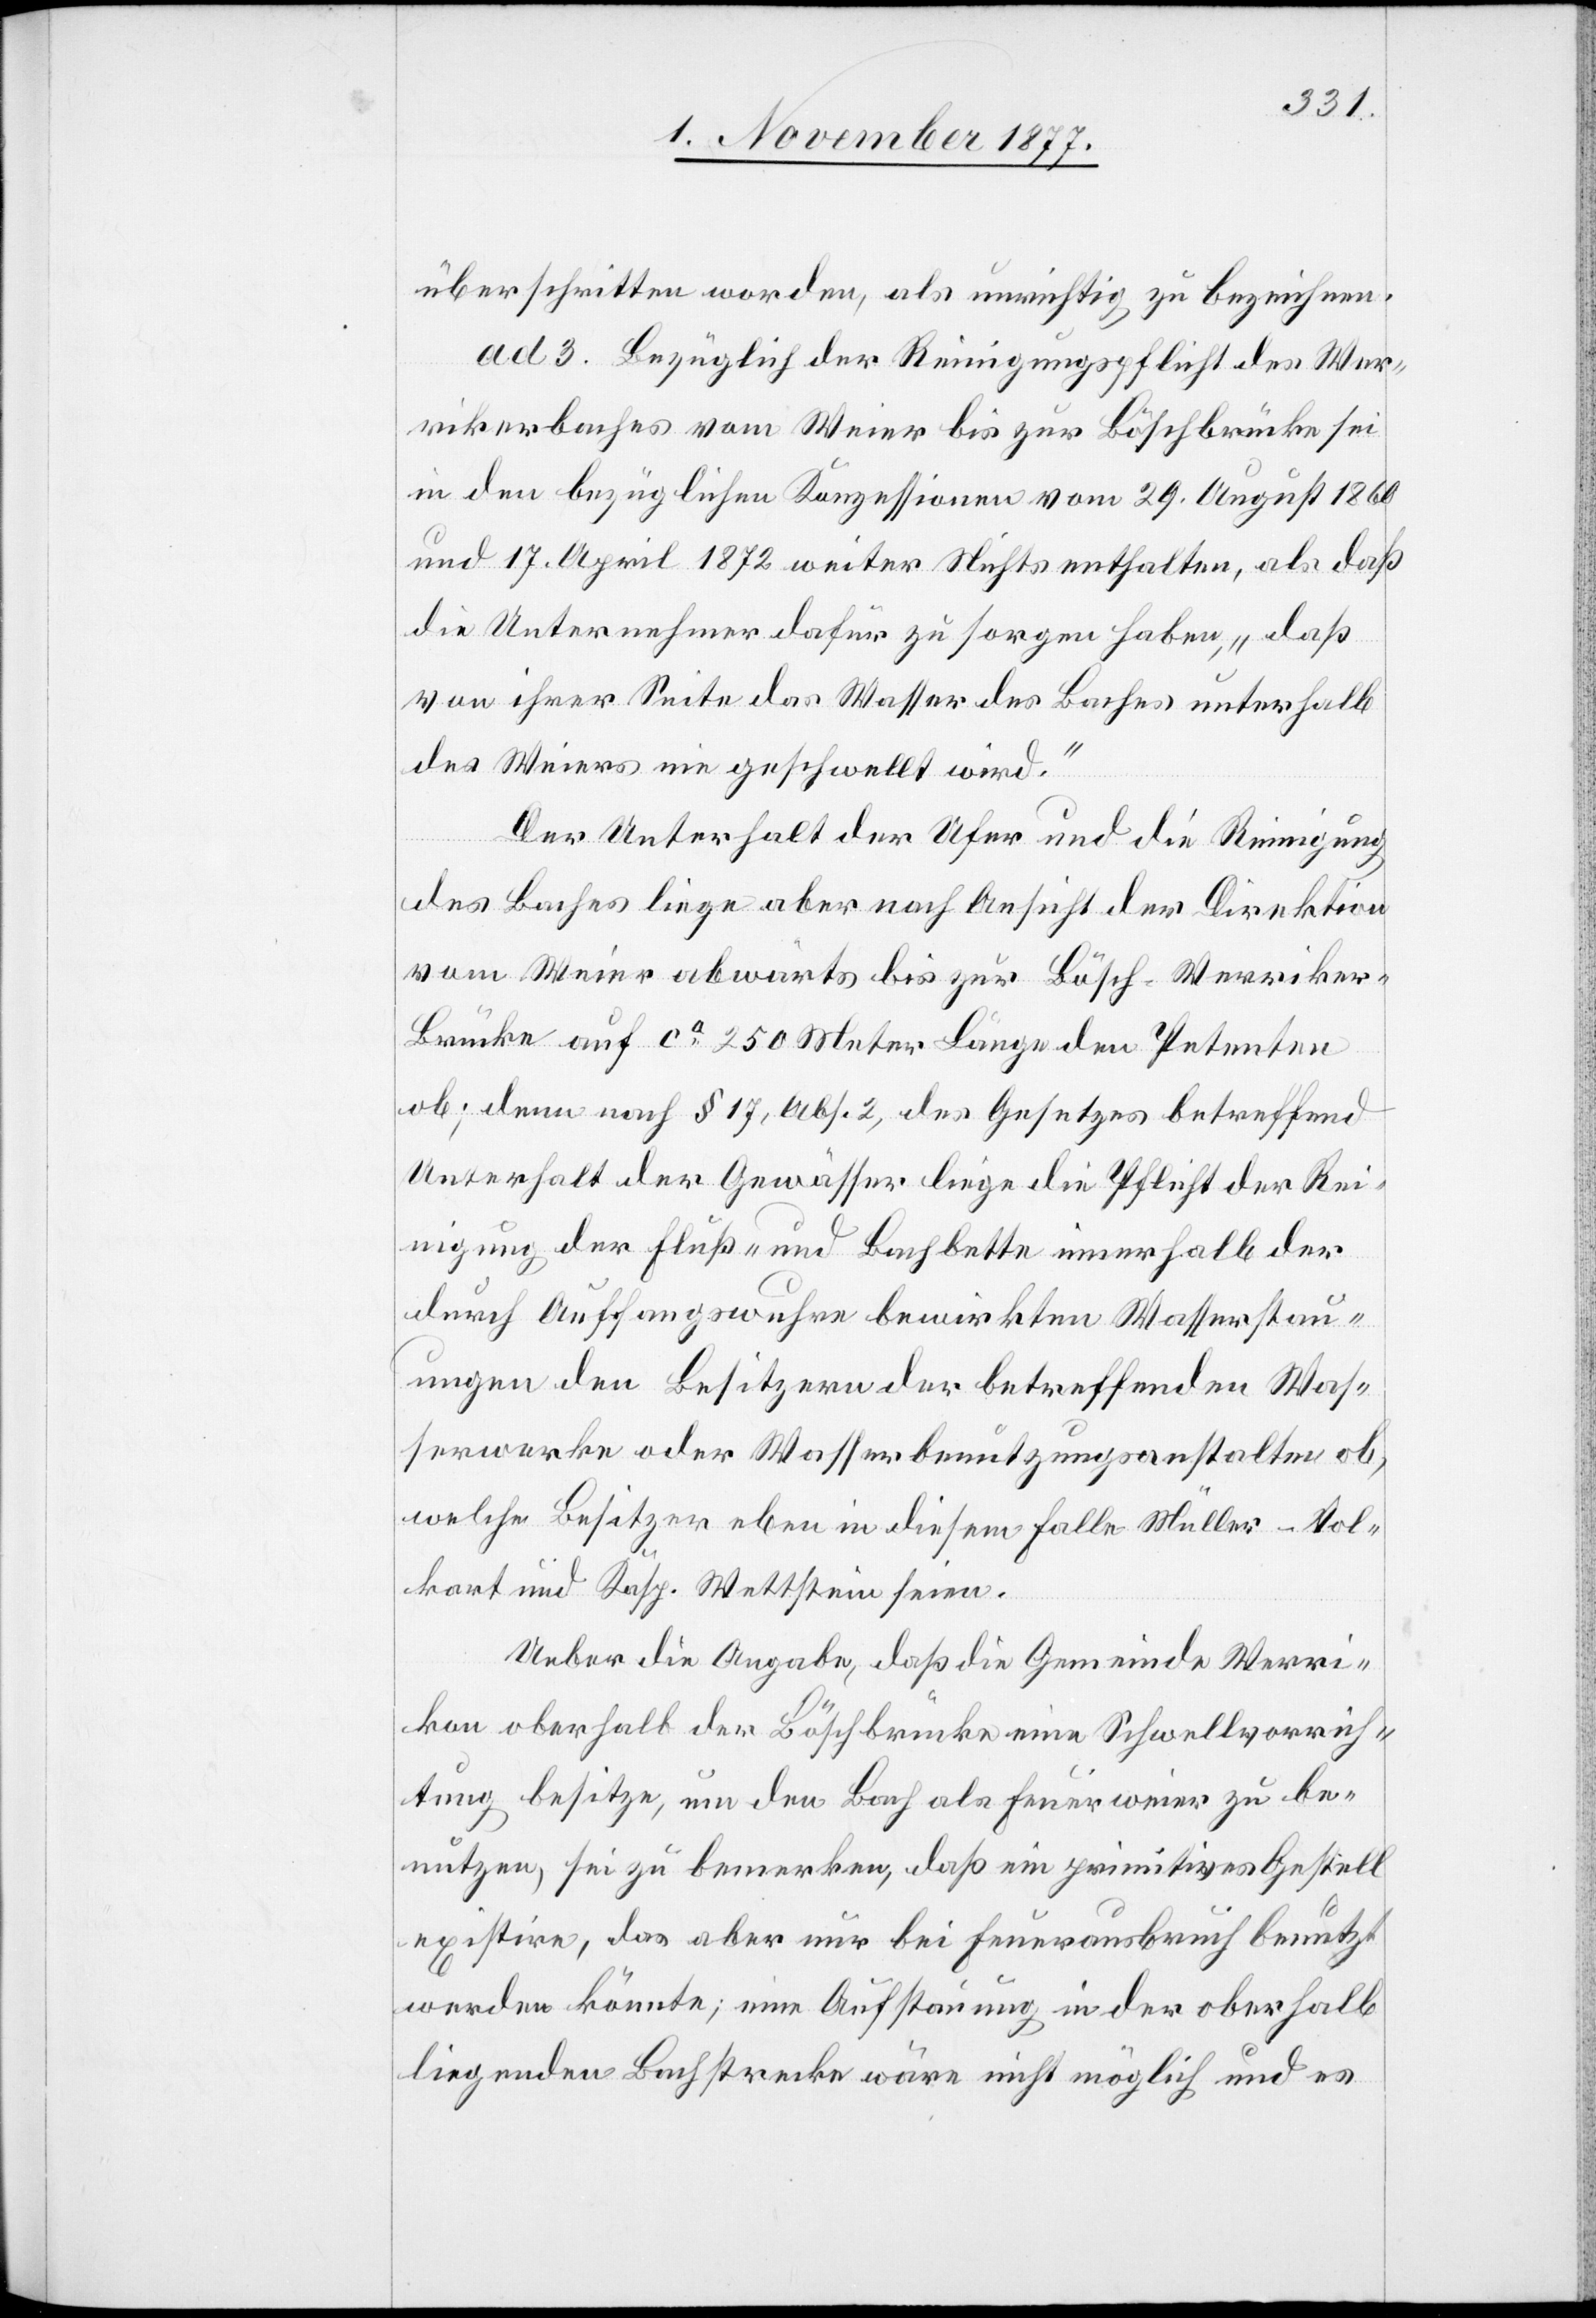
überschritten worden, als unrichtig zu bezeichnen.
ad 3. Bezüglich der Reinigungspflicht des Wer¬
rikerbaches vom Weier bis zur Böschbrücke sei
in den bezüglichen Konzessionen vom 29. August 1860
und 17. April 1872 weiter Nichts enthalten, als daß
die Unternehmer dafür zu sorgen haben, „daß
von ihrer Seite das Wasser des Baches unterhalb
des Weiers nie geschwellt wird.“
Der Unterhalt der Ufer und die Reinigung
des Baches liege aber nach Ansicht der Direktion
vom Weier abwärts bis zur Bösch-Werrike¬
r-Brücke auf ca 250 Meter Länge den Petenten
ob; denn nach § 17, Abs. 2, des Gesetzes betreffend
Unterhalt der Gewässer liege die Pflicht der Rei¬
nigung der Fluß- und Bachbette innerhalb der
durch Auffangswuhre bewirkten Wasserstau¬
ungen den Besitzern der betreffenden Was¬
serwerke oder Wasserbenutzungsanstalten ob,
welche Besitzer eben in diesem Falle Müller-Vol¬
kart und Kasp. Wettstein seien.
Ueber die Angabe, daß die Gemeinde Werri¬
kon oberhalb der Böschbrücke eine Schwellvorrich¬
tung besitze, um den Bach als Feuerweier zu be¬
nutzen, sei zu bemerken, daß ein primitives Gestell
existire, das aber nur bei Feuerausbruch benutzt
werden könnte; eine Aufstauung in der oberhalb
liegenden Bachstrecke wäre nicht möglich und es